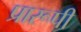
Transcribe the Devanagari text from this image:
प्रारूपी